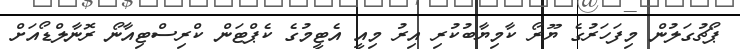
ޕޯޗުގަލުން މިފަހަރުގެ ޔޫރޯ ކާމިޔާބުކުރި އިރު މިއީ އެޓީމުގެ ކެޕްޓަން ކްރިސްޓިއާނޯ ރޮނާލްޑޯއަށް